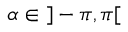
\alpha \in \; ] - \pi , \pi [